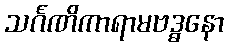
သင်္ဂဏိကာရာမဗဒ္ဓနော